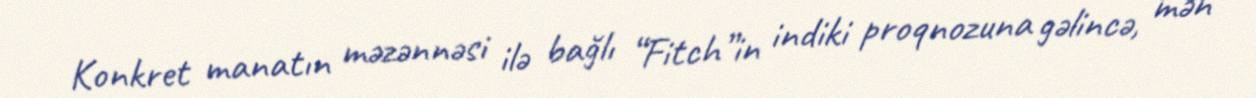
Konkret manatın məzənnəsi ilə bağlı “Fitch”in indiki proqnozuna gəlincə, mən